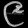
Digit: ၉